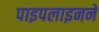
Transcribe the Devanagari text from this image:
पाइपलाइनने